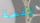
القصة